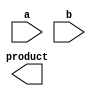
/*
 * Copyright 2018 ISP RAS (http://www.ispras.ru)
 *
 * Licensed under the Apache License, Version 2.0 (the "License");
 * you may not use this file except in compliance with the License.
 * You may obtain a copy of the License at
 *
 *     http://www.apache.org/licenses/LICENSE-2.0
 *
 * Unless required by applicable law or agreed to in writing, software
 * distributed under the License is distributed on an "AS IS" BASIS,
 * WITHOUT WARRANTIES OR CONDITIONS OF ANY KIND, either express or implied.
 * See the License for the specific language governing permissions and
 * limitations under the License.
 */

// IEEE Std 1364-2005
//   12. Hierarchical structures
//     12.4 Generate constructs
//       12.4.2 Conditional generate constructs
//         An implementation of a parameterized multiplier module.

module CLA_multiplier(a, b, product);
  parameter a_width = 8, b_width = 8;
  localparam product_width = a_width+b_width;
  input [a_width-1:0] a;
  input [b_width-1:0] b;
  output [product_width-1:0] product;
endmodule

module WALLACE_multiplier(a, b, product);
  parameter a_width = 8, b_width = 8;
  localparam product_width = a_width+b_width;
  input [a_width-1:0] a;
  input [b_width-1:0] b;
  output [product_width-1:0] product;
endmodule


module multiplier(a,b,product);
  parameter a_width = 8, b_width = 8;
  localparam product_width = a_width+b_width;
  // cannot be modified directly with the defparam
  // statement or the module instance statement #
  input [a_width-1:0] a;
  input [b_width-1:0] b;
  output [product_width-1:0] product;
  generate
    if ((a_width < 8) || (b_width < 8)) begin : mult
      CLA_multiplier #(a_width,b_width) u1(a, b, product);
      // instantiate a CLA multiplier
    end
    else begin : mult
      WALLACE_multiplier #(a_width,b_width) u1(a, b, product);
      // instantiate a Wallace-tree multiplier
    end
  endgenerate
  // The hierarchical instance name is mult.u1
endmodule